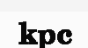
kpc